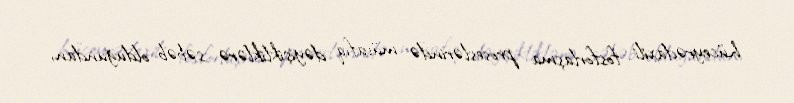
hüceyrədaxili fosforlaşma proseslərində müvafıq dəyişikliklərə səbəb olduğundan,